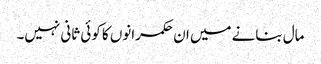
مال بنانے میں ان حکمرانوں کا کوئی ثانی نہیں۔